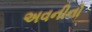
અવનીનો